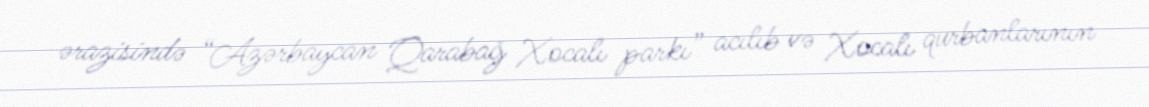
ərazisində “Azərbaycan Qarabağ Xocalı parkı” acılıb və Xocalı qurbanlarının